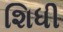
શિધી